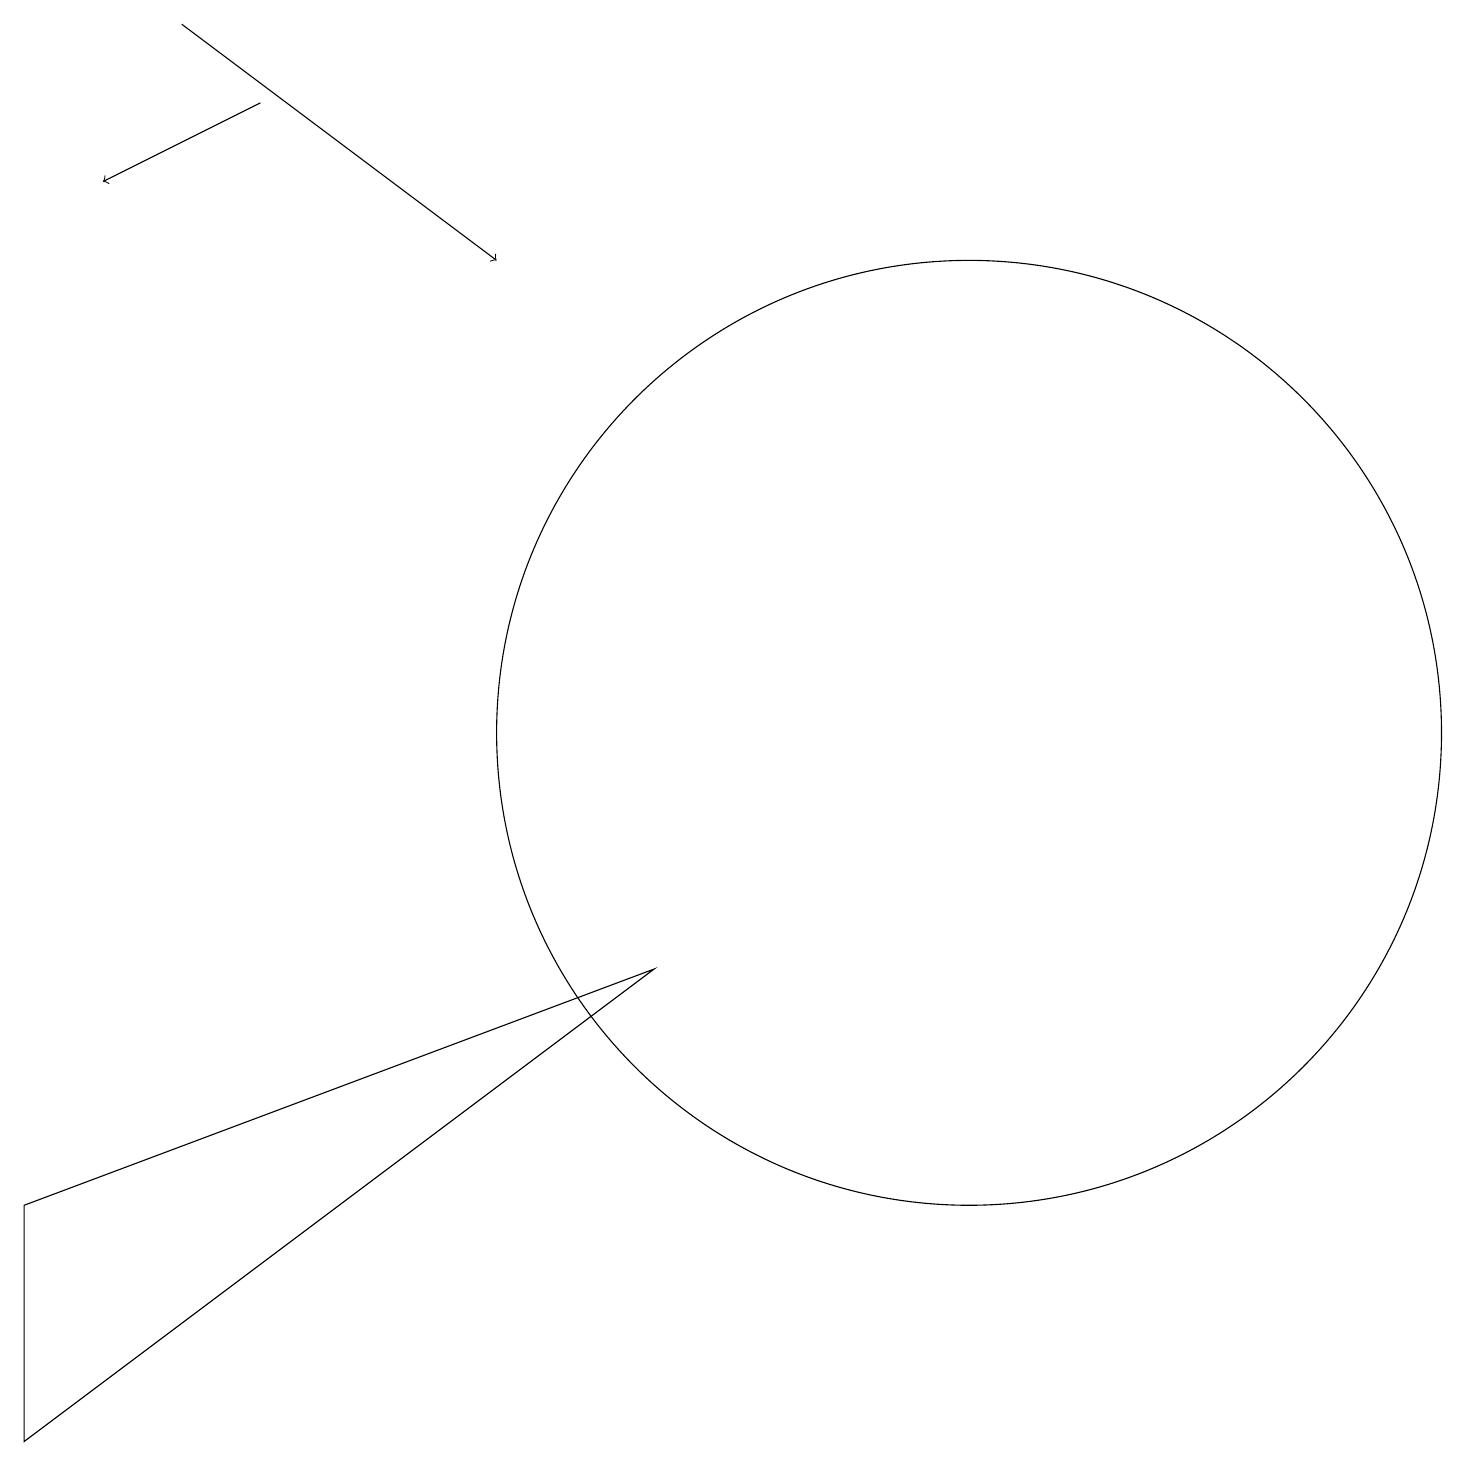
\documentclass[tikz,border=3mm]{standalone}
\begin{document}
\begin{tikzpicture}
\draw[->] (2,19) -- (6,16);
\draw (0,1) -- (8,7) -- (0,4) -- cycle;
\draw (12,10) circle (6);
\draw[->] (3,18) -- (1,17);
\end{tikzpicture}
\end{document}